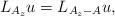
LaTeX: \begin{align*} L_{A_z} u=L_{A_z-A} u,\end{align*}